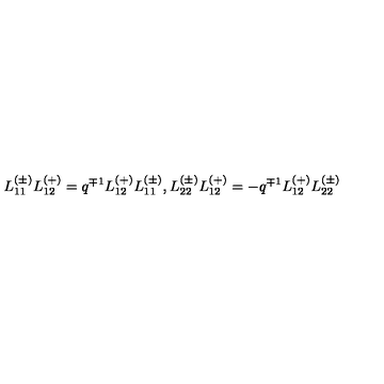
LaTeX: L _ { 1 1 } ^ { ( \pm ) } L _ { 1 2 } ^ { ( + ) } = q ^ { \mp 1 } L _ { 1 2 } ^ { ( + ) } L _ { 1 1 } ^ { ( \pm ) } , L _ { 2 2 } ^ { ( \pm ) } L _ { 1 2 } ^ { ( + ) } = - q ^ { \mp 1 } L _ { 1 2 } ^ { ( + ) } L _ { 2 2 } ^ { ( \pm ) }